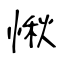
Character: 愀